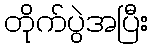
တိုက်ပွဲအပြီး